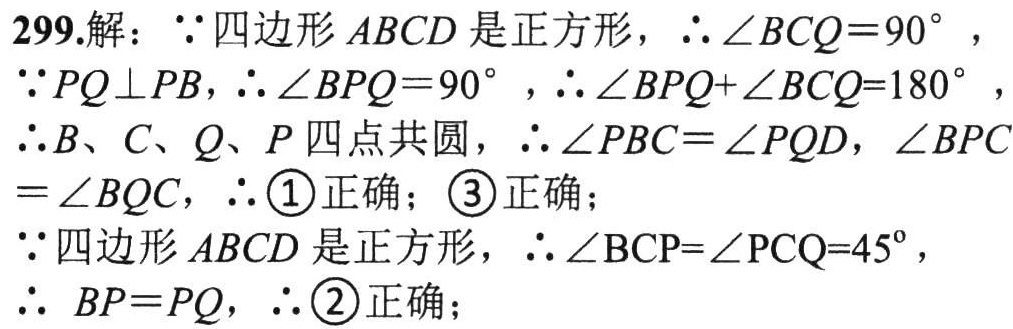
299.解：\(\because\)四边形\(ABCD\)是正方形，\(\therefore\angle BCQ = 90^{\circ}\)，
\(\because PQ\perp PB\)，\(\therefore\angle BPQ = 90^{\circ}\)，\(\therefore\angle BPQ+\angle BCQ = 180^{\circ}\)，
\(\therefore B、C、Q、P\)四点共圆，\(\therefore\angle PBC=\angle PQD\)，\(\angle BPC=\angle BQC\)，\(\therefore\)\textcircled{1}正确；\textcircled{3}正确；
\(\because\)四边形\(ABCD\)是正方形，\(\therefore\angle BCP=\angle PCQ = 45^{\circ}\)，
\(\therefore  BP = PQ\)，\(\therefore\)\textcircled{2}正确；